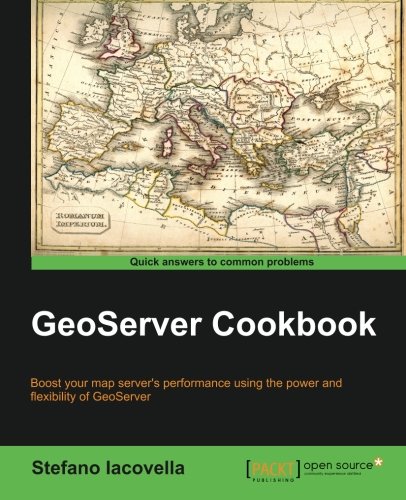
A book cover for GeoServer Cookbook; Stefano Iacovella; Computers & Technology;